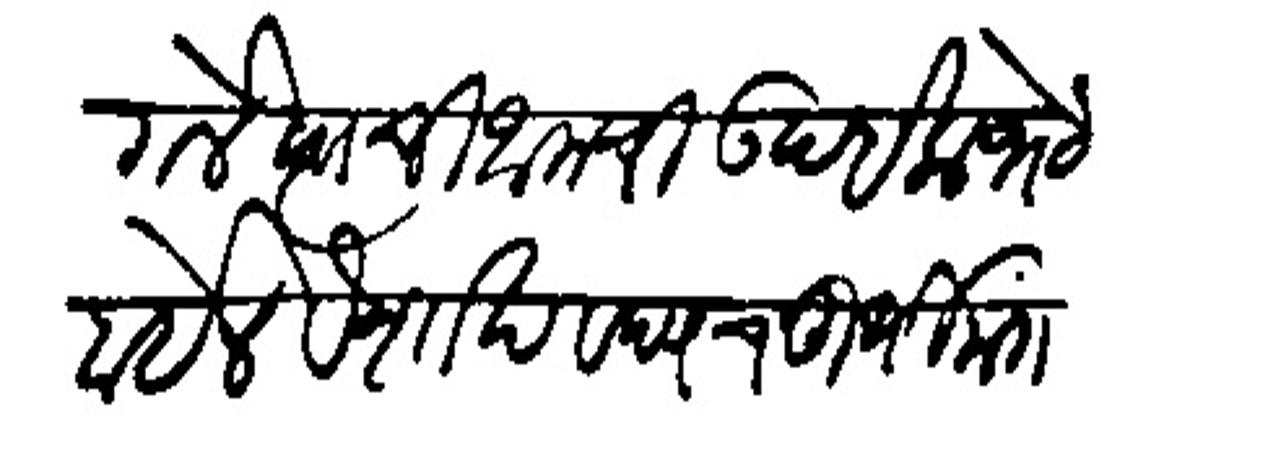
Transliteration (Devanagari): गेले स्याथी आमची उदईक भेट होईल वैशाख वद्य चतुर्थी मंगलवारी